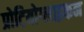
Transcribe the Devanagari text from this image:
प्रोटियोग्लाइकन